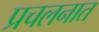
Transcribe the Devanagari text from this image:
प्रचलनात